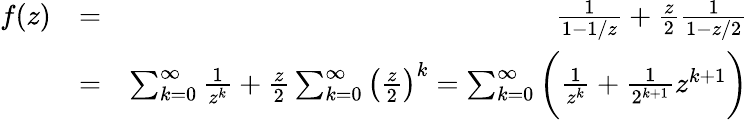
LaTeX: \begin{array}{rlr}{f(z)}&{=}&{\frac{1}{1-1/z}+\frac{z}{2}\frac{1}{1-z/2}}\\ &{=}&{\sum_{k=0}^{\infty}\frac{1}{z^{k}}+\frac{z}{2}\sum_{k=0}^{\infty}\left(\frac{z}{2}\right)^{k}=\sum_{k=0}^{\infty}\bigg(\frac{1}{z^{k}}+\frac{1}{2^{k+1}}z^{k+1}\bigg)}\end{array}